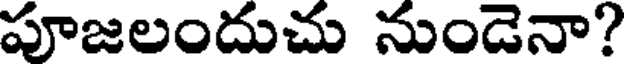
పూజలందుచు నుండెనా?